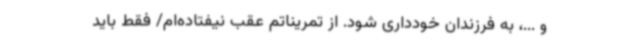
و ...، به فرزندان خودداری شود. از تمریناتم عقب نیفتاده‌ام/ فقط باید